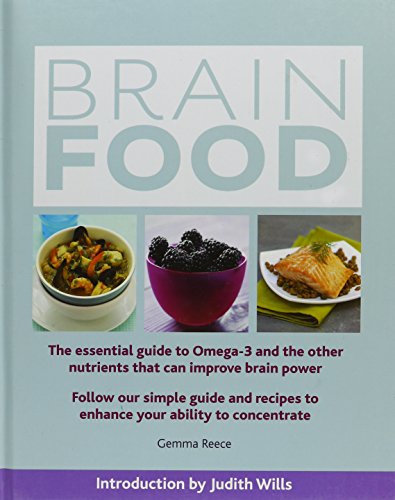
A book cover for Brain Food; Gemma Reece; Cookbooks, Food & Wine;